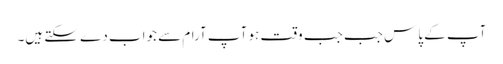
آپ کے پاس جب جب وقت ہو آپ آرام سے جواب دے سکتے ہیں۔